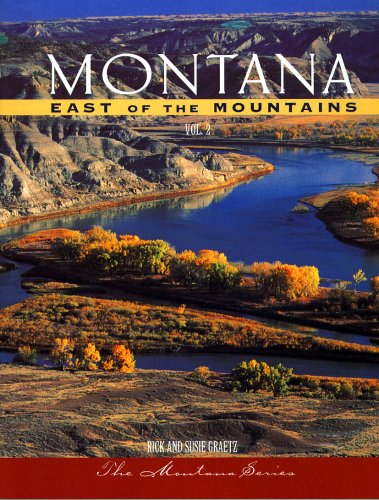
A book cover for Montana: East of the Mountains, Volume 2; Rick Graetz; Travel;